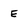
Character: E